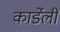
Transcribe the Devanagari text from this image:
कार्डेली